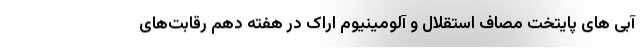
آبی های پایتخت مصاف استقلال و آلومینیوم اراک در هفته دهم رقابت‌های